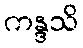
ကန္ဒသိ